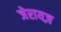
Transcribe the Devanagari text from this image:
जेरायज़